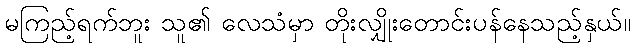
မကြည့်ရက်ဘူး သူ၏ လေသံမှာ တိုးလျှိုးတောင်းပန်နေသည့်နှယ်။